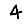
Digit: 4